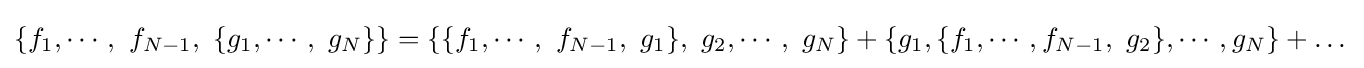
\{f_{1},\cdots ,~f_{N-1},~\{g_{1},\cdots ,~g_{N}\}\}=\{\{f_{1},\cdots ,~f_{N-1},~g_{1}\},~g_{2},\cdots ,~g_{N}\}+\{g_{1},\{f_{1},\cdots ,f_{N-1},~g_{2}\},\cdots ,g_{N}\}+\dots